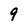
Character: 9